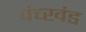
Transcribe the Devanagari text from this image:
पंच्खंड